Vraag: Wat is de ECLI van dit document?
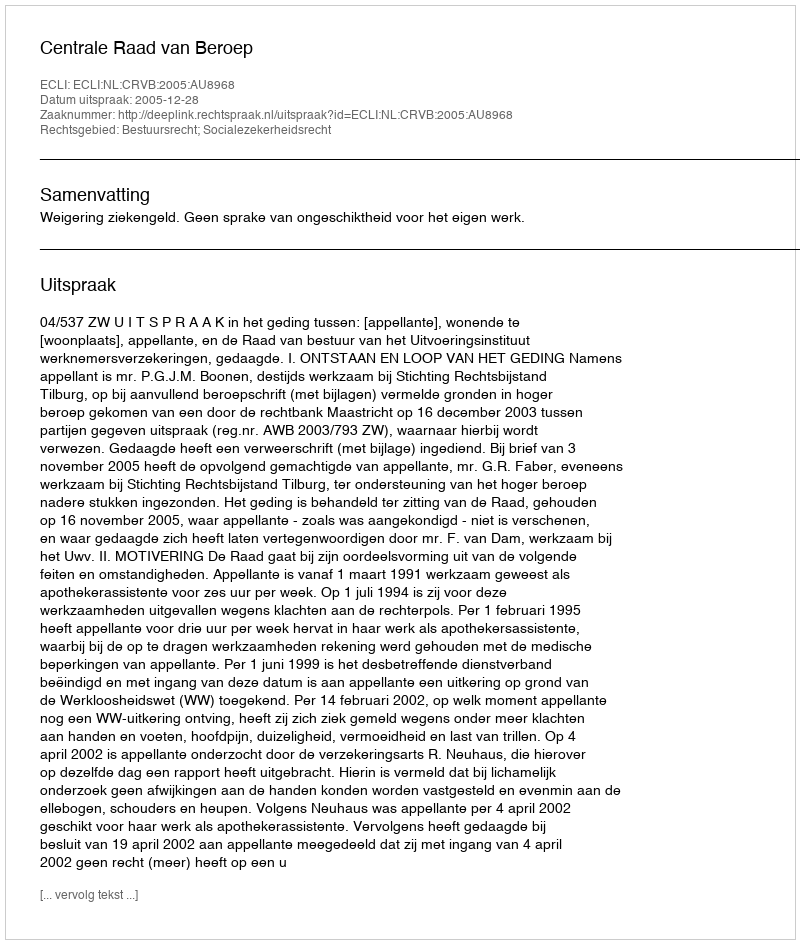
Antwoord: ECLI:NL:CRVB:2005:AU8968